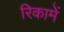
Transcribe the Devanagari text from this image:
रिकामें